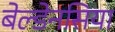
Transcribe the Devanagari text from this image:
बेल्डेनसिया